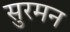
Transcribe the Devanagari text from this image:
सुरमन